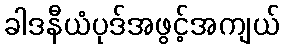
ခါဒနီယံပုဒ်အဖွင့်အကျယ်